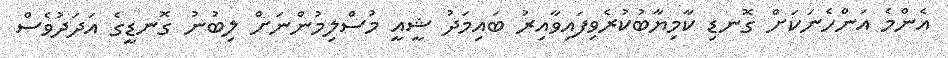
އެންމެ އަންހެނަކަށް ގޮނޑި ކާމިޔާބުކުރެވިފައިވާއިރު ބައިމަދު ޝީއީ މުސްލިމުންނަށް ލިބުނު ގޮނޑީގެ އަދަދުވެސް